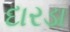
દારડા